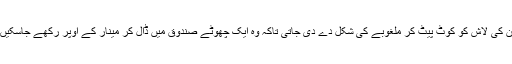
ان کی لاش کو کوٹ پیٹ کر ملغوبے کی شکل دے دی جاتی تاکہ وہ ایک چھوٹے صندوق میں ڈال کر مینار کے اوپر رکھے جاسکیں۔